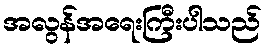
အလွန်အရေးကြီးပါသည်